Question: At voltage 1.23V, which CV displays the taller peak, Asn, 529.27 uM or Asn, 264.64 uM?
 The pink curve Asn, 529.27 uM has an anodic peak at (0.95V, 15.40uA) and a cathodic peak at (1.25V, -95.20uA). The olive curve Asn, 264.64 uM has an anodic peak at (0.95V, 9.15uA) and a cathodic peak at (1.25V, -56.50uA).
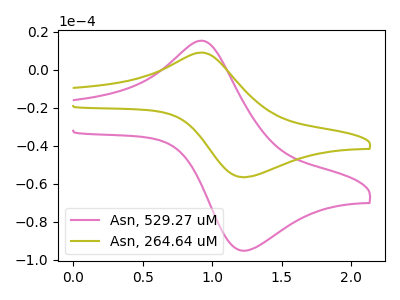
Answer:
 <answer>The peak at 1.23V is higher in "Asn, 529.27 uM" than in "Asn, 264.64 uM".</answer>
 <eval>higher</eval>